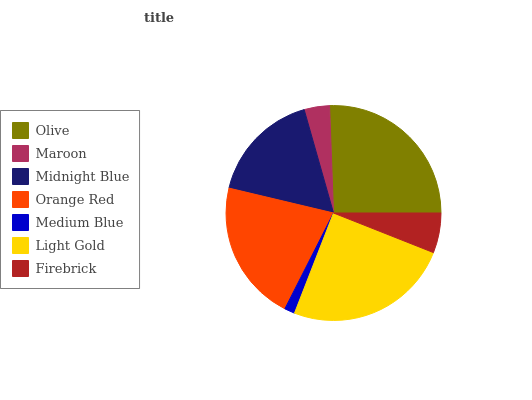
| Olive | Maroon | Midnight Blue | Orange Red | Medium Blue | Light Gold | Firebrick |
 | --- | --- | --- | --- | --- | --- | --- |
 | 25.6% | 3.82% | 16.9% | 21.2% | 1.56% | 25% | 6% |